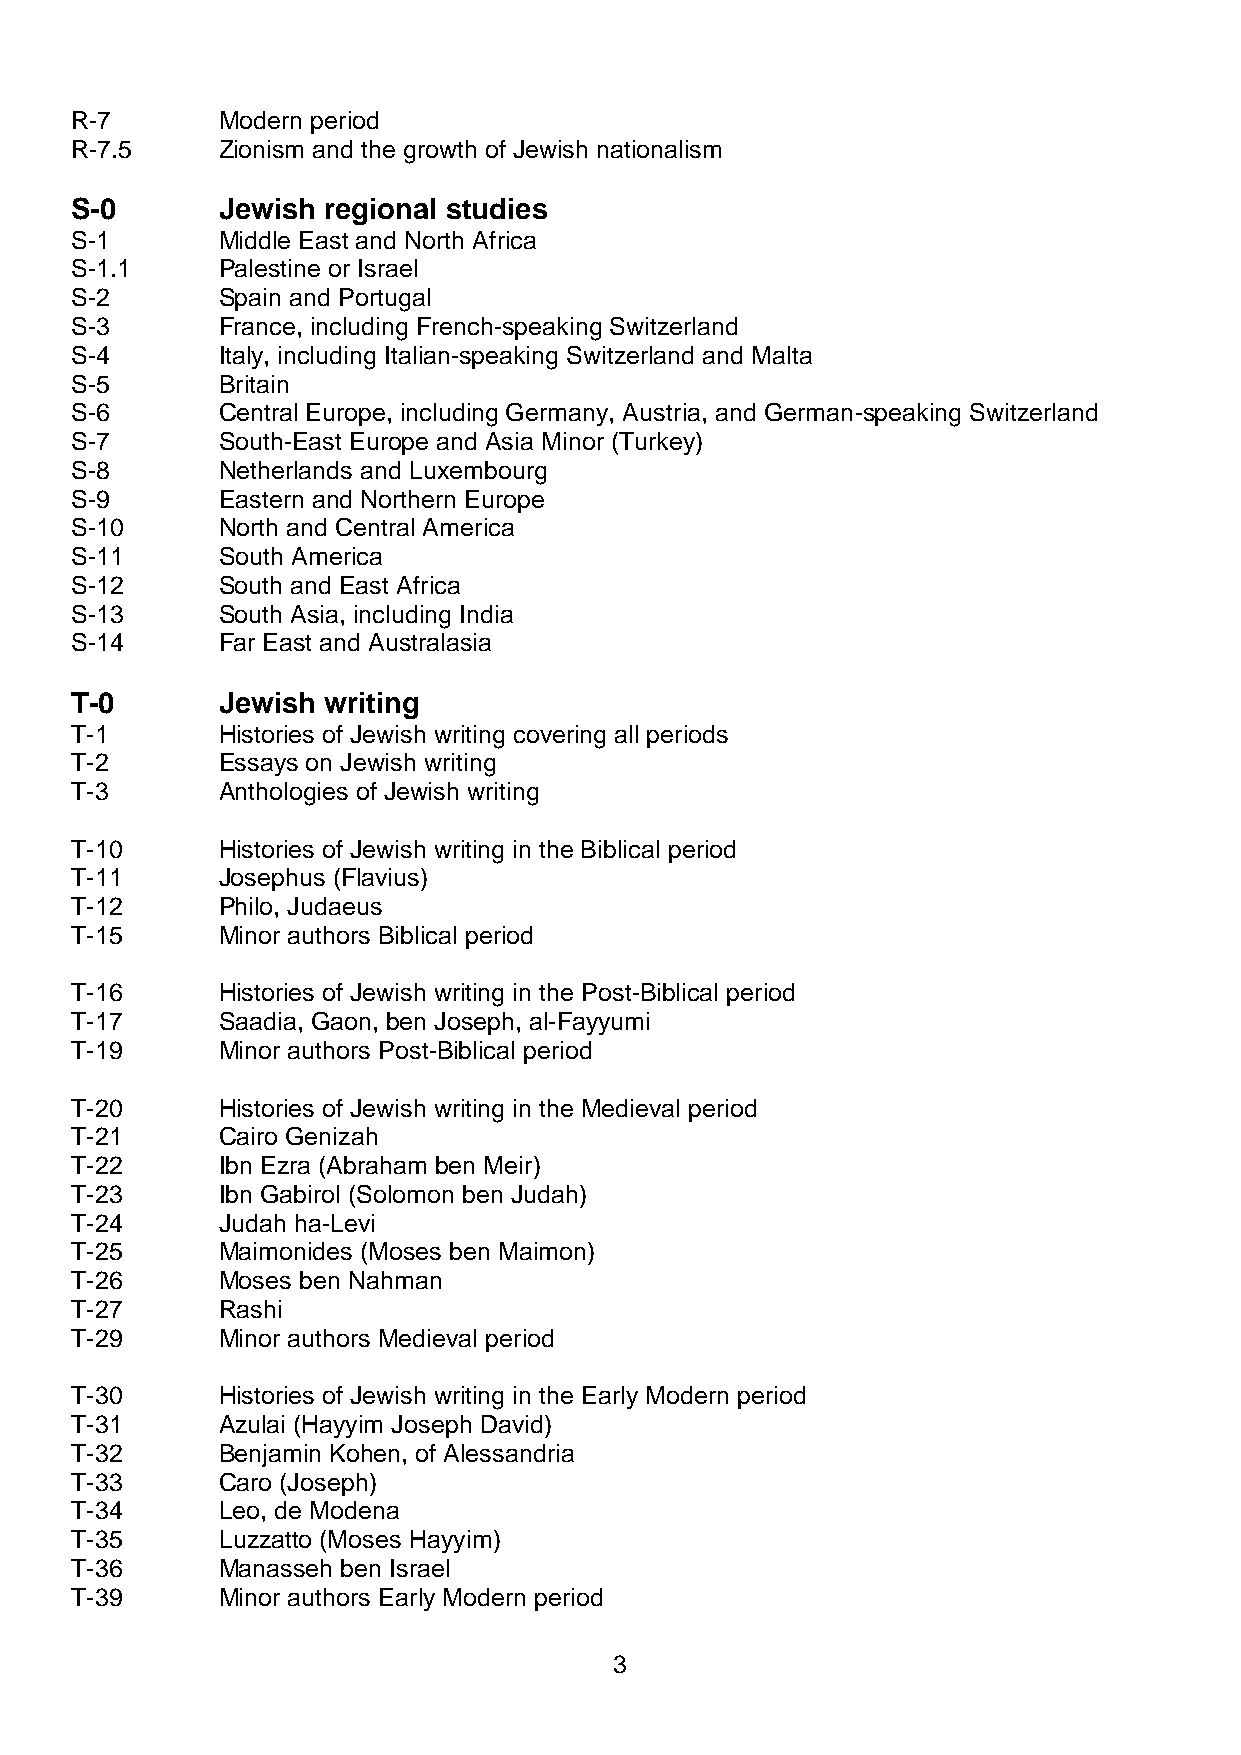
R-7      Modern period
 R-7.5    Zionism and the growth of Jewish nationalism
 S-0      Jewish regional studies
 S-1      Middle East and North Africa
 S-1.1    Palestine or Israel
 S-2      Spain and Portugal
 S-3      France, including French-speaking Switzerland
 S-4      Italy, including Italian-speaking Switzerland and Malta
 S-5      Britain
 S-6      Central Europe, including Germany, Austria, and German-speaking Switzerland
 S-7      South-East Europe and Asia Minor (Turkey)
 S-8      Netherlands and Luxembourg
 S-9      Eastern and Northern Europe
 S-10     North and Central America
 S-11     South America
 S-12     South and East Africa
 S-13     South Asia, including India
 S-14     Far East and Australasia
 T-0      Jewish writing
 T-1      Histories of Jewish writing covering all periods
 T-2      Essays on Jewish writing
 T-3      Anthologies of Jewish writing
 T-10     Histories of Jewish writing in the Biblical period
 T-11     Josephus (Flavius)
 T-12     Philo, Judaeus
 T-15     Minor authors Biblical period
 T-16     Histories of Jewish writing in the Post-Biblical period
 T-17     Saadia, Gaon, ben Joseph, al-Fayyumi
 T-19     Minor authors Post-Biblical period
 T-20     Histories of Jewish writing in the Medieval period
 T-21     Cairo Genizah
 T-22     Ibn Ezra (Abraham ben Meir)
 T-23     Ibn Gabirol (Solomon ben Judah)
 T-24     Judah ha-Levi
 T-25     Maimonides (Moses ben Maimon)
 T-26     Moses ben Nahman
 T-27     Rashi
 T-29     Minor authors Medieval period
 T-30     Histories of Jewish writing in the Early Modern period
 T-31     Azulai (Hayyim Joseph David)
 T-32     Benjamin Kohen, of Alessandria
 T-33     Caro (Joseph)
 T-34     Leo, de Modena
 T-35     Luzzatto (Moses Hayyim)
 T-36     Manasseh ben Israel
 T-39     Minor authors Early Modern period
 3